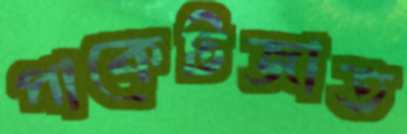
পাকেটজাত